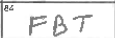
Transcription: FBT